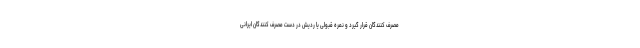
مصرف کنندگان قرار گیرد و نمره قبولی یا ردیش در دست مصرف کنندگان ایرانی